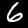
Label: 6